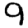
Digit: 9